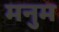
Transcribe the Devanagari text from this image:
मनुम